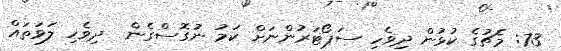
73: މެޗުގެ ކުޅުން ދިވެހި ސަޕޯޓަރުންނަށް ކަމު ނުގޮސްގެން  ދިވެހި ލަވަތައް